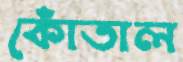
কোঁতাল